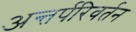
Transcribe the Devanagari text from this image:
अन्तर्परिवर्तन